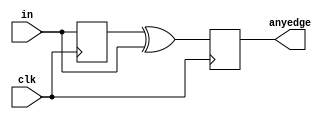
module top_module (
    input clk,
    input [7:0] in,
    output [7:0] anyedge
);
    reg [7:0] d_last;
    always @(posedge clk)begin
        d_last <=in;
        anyedge <= d_last^in;
    end
endmodule